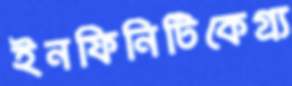
ইনফিনিটিকেগ্র্য